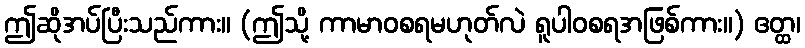
ဤဆိုအပ်ပြီးသည်ကား။ (ဤသို့ ကာမာဝစရမဟုတ်လဲ ရူပါဝစရအဖြစ်ကား။) ဧတ္ထ၊